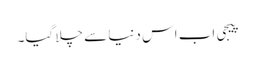
پیجی اب اس دنیا سے چلا گیا۔